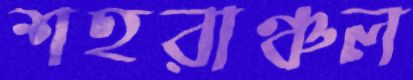
শহরাঞ্চল